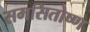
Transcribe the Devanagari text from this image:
समसितोष्ण